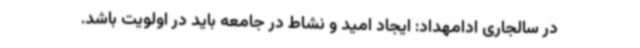
در سالجاری ادامهداد: ایجاد امید و نشاط در جامعه باید در اولویت باشد.